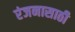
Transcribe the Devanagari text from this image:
रंजनासाठी